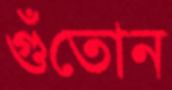
গুঁতোন